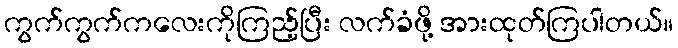
ကွက်ကွက်ကလေးကိုကြည့်ပြီး လက်ခံဖို့ အားထုတ်ကြပါတယ်။